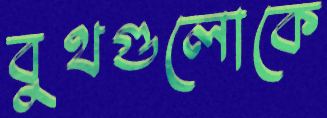
বুথগুলোকে